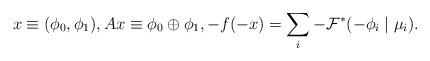
LaTeX: \begin{align*} x \equiv (\phi_0,\phi_1), Ax \equiv \phi_0 \oplus \phi_1, -f(-x) = \sum_i -\mathcal{F}^*(-\phi_i \mid \mu _i). \end{align*}